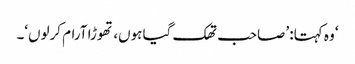
‘ وہ کہتا: ’صاحب تھک گیا ہوں، تھوڑا آرام کرلوں‘۔